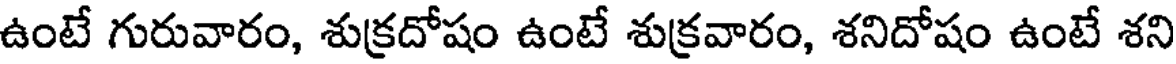
ఉంటే గురువారం, శుక్రదోషం ఉంటే శుక్రవారం, శనిదోషం ఉంటే శని